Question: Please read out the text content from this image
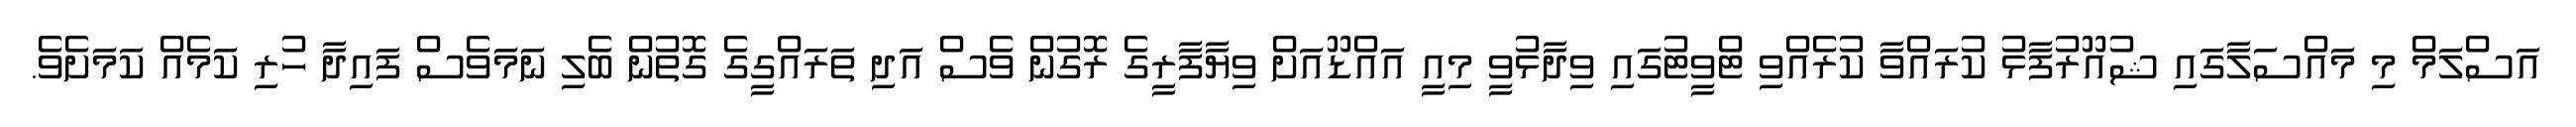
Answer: އަސްލަމް މި މައްސަލާގައި ޝުއޫރުފާޅު ކުރައްވާ ކުރެއްވި ޓްވީޓުގައި ވިދާޅުވީ މިއީ އައްޑޫއަށް ވިޔާފާރީގެ ރޮގުން ވެސް އަދި ތަރައްގީގެ ގޮތުން ބެލި ނަމަވެސް ފައިދާ ހުރި ކަމެއް ކަމަށެވެ.